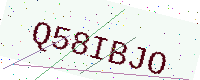
Text: Q58IBJO